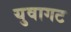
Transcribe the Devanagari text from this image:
युवागट